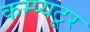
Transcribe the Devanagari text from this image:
कम्प्यटूर